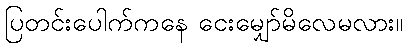
ပြတင်းပေါက်ကနေ ငေးမျှော်မိလေမလား။